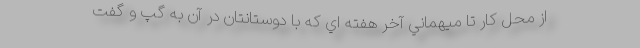
از محل كار تا ميهماني آخر هفته اي كه با دوستانتان در آن به گپ و گفت